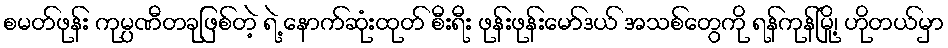
စမတ်ဖုန်း ကုမ္ပဏီတခုဖြစ်တဲ့ ရဲ့ နောက်ဆုံးထုတ် စီးရီး ဖုန်းဖုန်းမော်ဒယ် အသစ်တွေကို ရန်ကုန်မြို့၊ ဟိုတယ်မှာ